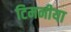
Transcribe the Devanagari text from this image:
टिमनीया